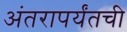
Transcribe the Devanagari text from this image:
अंतरापर्यंतची